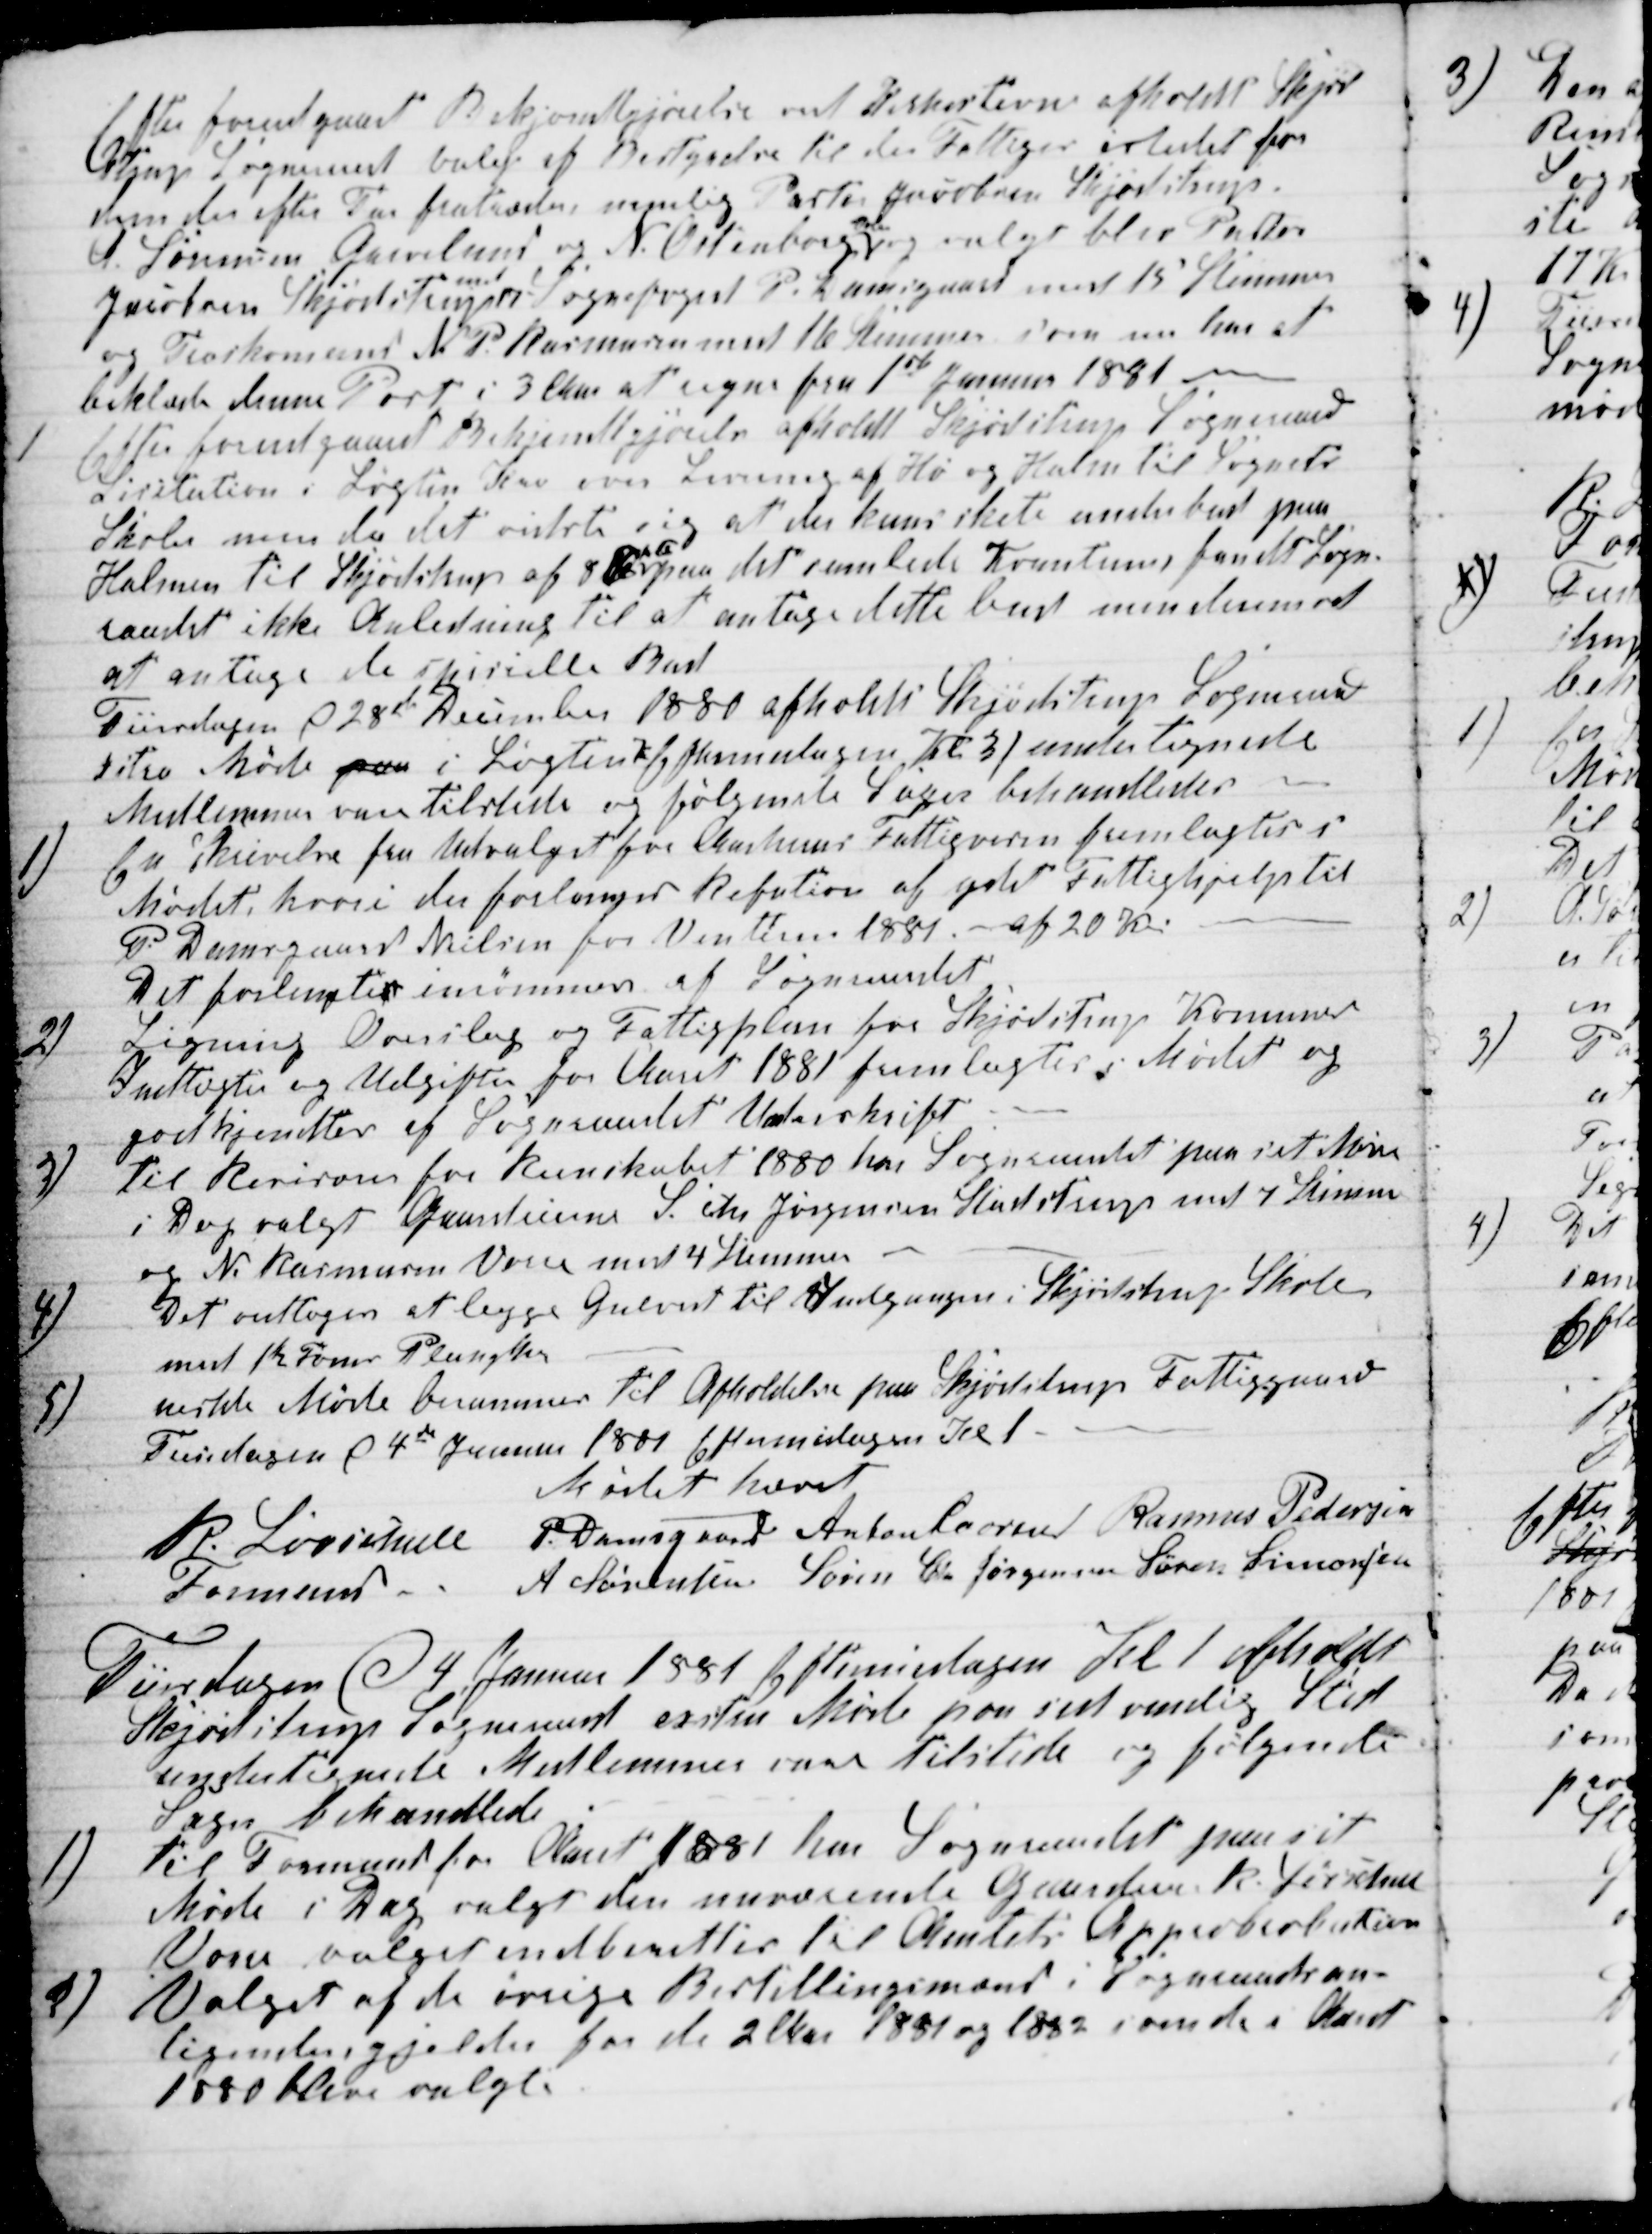
Transskription:
Efter forudgaaet Bekjendgjørelse ved Kirkestevne afholdt Skjød
strup Sogneraad valg af Bestyrelse til den Fattiges istedet for
dem der efter Tur fratræder, nemlig Pastor Jacobsen Skjødstrup.
A. Sørensen Grevelund og N. Ostenborg
Vorre
og valgt blev Pastor
Jacobsen Skjødstrup 
med
17 Sognefoged P. Damsgaard med 15 Stemmer
og Træskomand N. P. Rasmussen med 16 Stemmer som nu har at
beklæde denne Post i 3 Aar at regne fra 1ste Januar 1881
1
Efter forudgaaet Bekjendtgjørelse afholdt Skjødstrup Sogneraad
Licitation i Løgten Kro over Levering af Hø og Halm til Sognets
Skoler men da det vistste sig at der kuns skete underbud paa
Halmen til Skjødstrup af 88 
pr Fv
paa del samlede Kvantum, fandt Sogn-
raadet ikke Anledning til at antage dette bud men derimod
at antage de spicielle Bud
Tiirsdagen d 28de December 1880 afholdts Skjødstrup Sogneraad
xstra Møde paa i Løgten Kro Eftermidagen Kl 3, undertegnede
Medlemmer vare tilstede og følgende Sager behandledes
1)
En Skrivelse fra Udvalget for Aarhuus Fattigvæsen fremlagtes i
Mødet, hvori der forlanges Refution af ydet Fattighjelp til
P. Damsgaard Nielsen for Vinttren 1881 - af 20 Kr.
Det forlangtes inrømmes af Sogneraadet
2)
Ligning Overslag og Fattigplan for Skjødstrup Komunes
Indtægter og Udgifter for Aaret 1881 fremlagtes i Mødet og
godkjendtes af Sogneraadet' Underskrift
3)
til Revisorer for Reinskabet 1880 har Sogneraadet paa sit Møde
i Dag valgt Gaardeierne S. Chr Jørgensen Studstrup med 7 Stemmer
og N. Rasmussen Vorre med 4 Stemmer
4)
Det vedtoges at legge Gulvet til Indgangen i Skjødstrup Skole
med 1½ Tomr Planker
5)
nestste Møde berammes til Afholdelse paa Skjødstrup Fattiggaard
Tirsdagen d 4de Januar 1881 Eftermidagen Kl 1.
Mødet hævet
R. Løvschall 
Formand
P. Damsgaard Anton Laursen Rasmus Pedersen
A Sørensen Søren Chr Jørgensen Søren Simonsen
Tirsdagen d 4 Januar 1881 Eftermidagen Kl 1 afholdt
Skjødstrup Sogneraad exstra Møde paa sedvanlig Sted
undertegnede Medlemmer vare tilstede og følgende
Sager behandlede
1)
til Formand for Aaret 1881 har Sogneraadet paa sit
Møde i Dag valgt den nuværende Gaardeier R. Løvschall
Vorre valget indberettes til Amtets Approbrobation
2)
Valget af de øvrige Bestillingsmænd i Sogneraadsan-
ligende gjelder for de 2 Aar 1881 og 1882 som de i Aaret
1880 bleve valgt.